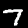
Label: 7